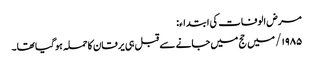
مرض الوفات کی ابتداء:
۱۹۸۵/ میں حج میں جانے سے قبل ہی یرقان کاحملہ ہوگیا تھا۔